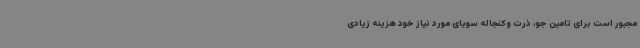
مجبور است برای تامین جو، ذرت وکنجاله سویای مورد نیاز خود هزینه زیادی